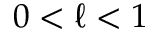
0 < \ell < 1